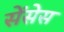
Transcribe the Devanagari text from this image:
सेंसेस